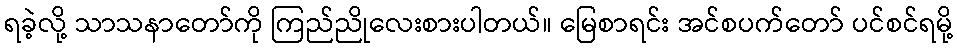
ရခဲ့လို့ သာသနာတော်ကို ကြည်ညိုလေးစားပါတယ်။ မြေစာရင်း အင်စပက်တော် ပင်စင်ရမို့